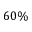
6 0 \%